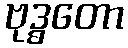
ဗုဒ္ဓတော